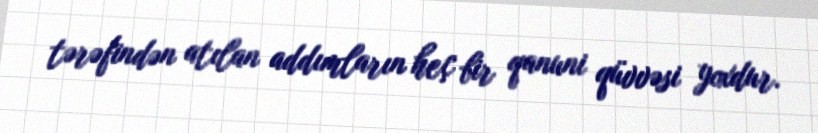
tərəfindən atılan addımların heç bir qanuni qüvvəsi yoxdur.